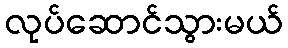
လုပ်ဆောင်သွားမယ်